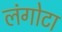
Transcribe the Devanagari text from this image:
लंगोटा